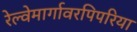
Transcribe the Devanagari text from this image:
रेल्वेमार्गावरपिपरिया